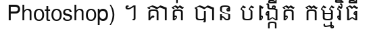
Photoshop) ។ គាត់ បាន បង្កើត កម្មវិធី